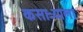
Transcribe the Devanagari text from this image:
कसाऱ्याला